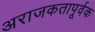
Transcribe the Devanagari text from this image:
अराजकतापूर्वक